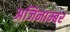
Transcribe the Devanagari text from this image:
अजिनाम्बर